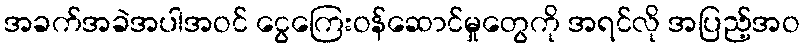
အခက်အခဲအပါအဝင် ငွေကြေးဝန်ဆောင်မှုတွေကို အရင်လို အပြည့်အဝ